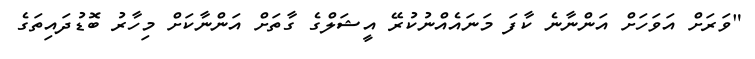
"ވަރަށް އަވަހަށް އަންނާނެ ކާފަ މަނައެއްނުކުރޭ އީޝަލްގެ ގާތަށް އަންނާކަށް މިހާރު ބޮޑުދައިތަގެ